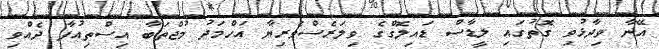
އޭނާ ވިދާޅުވި ގޮތުގައި ލީޑާސް ޑައިލޮގްގެ ވިލަރެސްވެރިޔާ އަހްމަދު މުޖްތަބާ އިސްތިއުފާ ދެއްވި